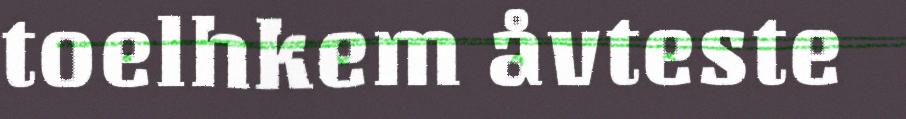
toelhkem åvteste